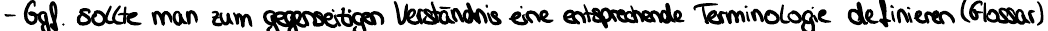
- Ggf. sollte man zum gegenseitigen Verständnis eine entsprechende Terminologie definieren (Glossar)